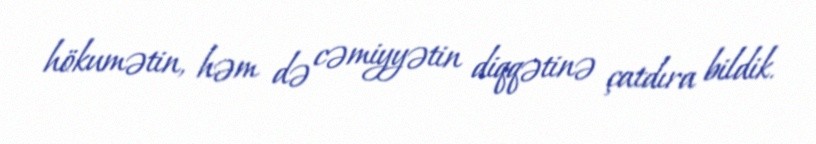
hökumətin, həm də cəmiyyətin diqqətinə çatdıra bildik.